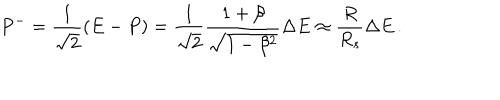
P ^ { - } = \frac { 1 } { \sqrt { 2 } } ( E - P ) = \frac { 1 } { \sqrt { 2 } } \frac { 1 + \beta } { \sqrt { 1 - \beta ^ { 2 } } } \Delta E \approx \frac { R } { R _ { s } } \Delta E \, .